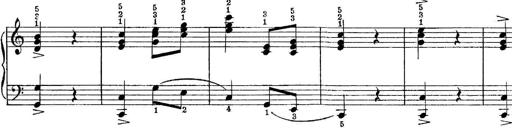
Title: Quatres sonatines
Composer: Tadeusz Joteyko